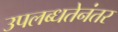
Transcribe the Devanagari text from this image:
उपलब्धतेनंतर